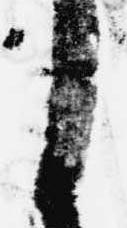
日